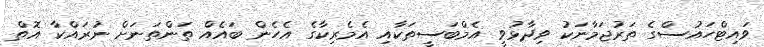
ވައިޓްހައުސްގެ ތަރުޖަމާނަކު ވިދާޅުވީ އެމްބަސީތަކާއި އެމެރިކާގެ އެހެން ބައެއް ތަންތަނަށް ނުރައްކާ އޮތް